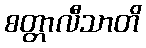
စတ္တာလီသာတိ